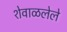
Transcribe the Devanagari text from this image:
शेवाळलेले